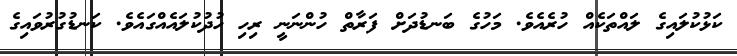
ކަޅުކުލައިގެ ލައްތަކެއް ހުރެއެވެ. މަހުގެ ބަނޑުދަށް ފަރާތް ހުންނަނީ ރިހި ހުދުކުލައެއްގައެވެ. ކަނޑުގުރުވައިގެ